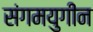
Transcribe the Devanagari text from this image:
संगमयुगीन